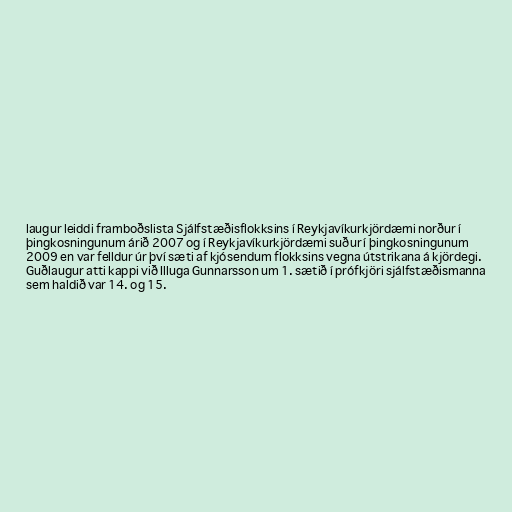
laugur leiddi framboðslista Sjálfstæðisflokksins í Reykjavíkurkjördæmi norður í
þingkosningunum árið 2007 og í Reykjavíkurkjördæmi suður í þingkosningunum
2009 en var felldur úr því sæti af kjósendum flokksins vegna útstrikana á kjördegi.
Guðlaugur atti kappi við Illuga Gunnarsson um 1. sætið í prófkjöri sjálfstæðismanna
sem haldið var 14. og 15.